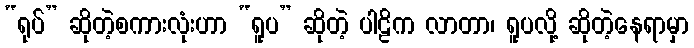
“ရုပ်” ဆိုတဲ့စကားလုံးဟာ “ရူပ” ဆိုတဲ့ ပါဠိက လာတာ၊ ရူပလို့ ဆိုတဲ့နေရာမှာ